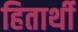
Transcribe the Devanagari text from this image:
हितार्थी